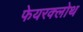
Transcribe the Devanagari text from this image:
फेयरक्लोथ